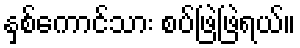
နှစ်ကောင်သား စပ်ဖြဲဖြဲရယ်။